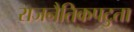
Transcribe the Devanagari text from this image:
राजनैतिकपटुता